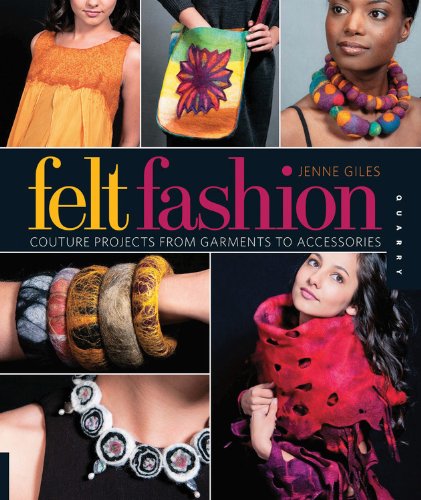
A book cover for Felt Fashion: Couture Projects from Garments to Accessories; Jenne Giles; Crafts, Hobbies & Home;